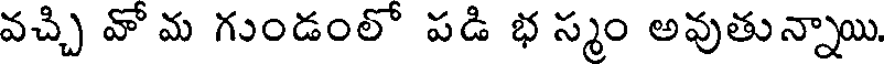
వచ్చి వో మ గుండంలో పడి భ స్మం అవుతున్నాయి.